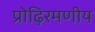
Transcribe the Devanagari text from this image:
प्रोढ़िरमणीय